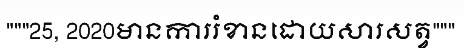
"""25, 2020មានការរំខានដោយសារសត្វ"""